Vaccination in Bombay 1902-1912 - 1902-1912
Year: 1902
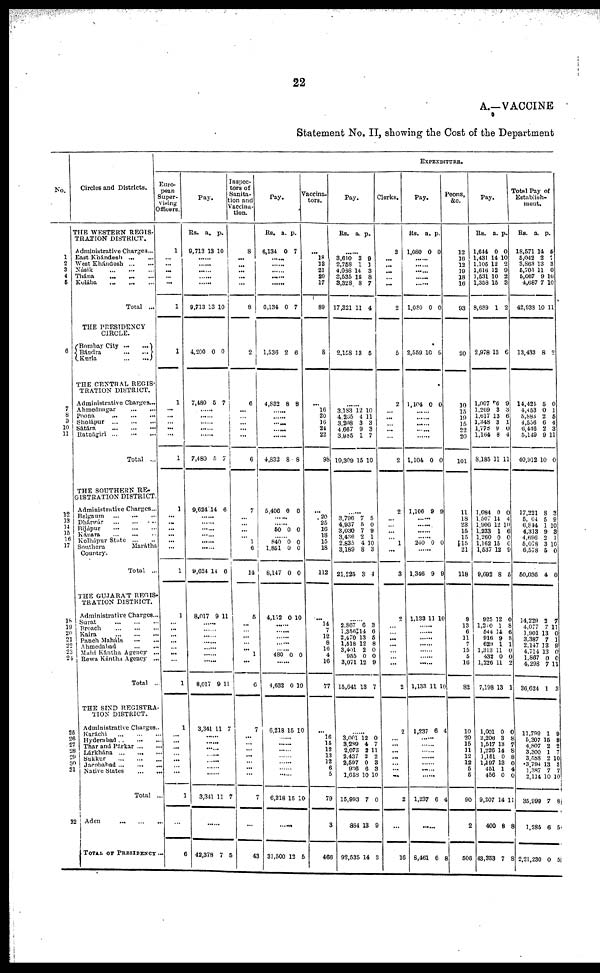
22
A.—VACCINE
Statement No. II, showing the Cost of the Department
No.
1
2 3
4
6
6
7
8
9
10
11
12
13
14
15
16
17
18
19
20
21
22 23
24
25
26
27
28 29
30
31
32
Circles and Districts.
THE WESTERN REGIS-
TRATION DISTRICT.
Administrative Charges ...
East Khándesh
...
...
West Khándesh
...
...
Násik
...
...
...
Thána
...
...
...
Kolába
...
...
...
Total ...
THE PRESIDENCY
CIRCLE.
Bombay City
...
...
Bándra
...
...
Kurla
...
...
THE CENTRAL REGIS-
TRATION DISTRICT.
Administrative Charges...
Ahmednagar
...
...
Poona
...
...
...
Sholápur ... ... ...
Sátára
...
...
...
Ratnágiri ... ... ...
Total ...
THE SOUTHERN RE¬
GISTRATION DISTRICT.
Administrative Charges...
Belgaum ... ... ...
Dhárwár
...
...
...
Bíjápur
...
...
...
Kánara ... ... ...
Kolhápur State ... ...
Southern
Marátha
Country.
Total ...
THE GUJARAT REGIS-
TRATION DISTRICT.
Administrative Charges...
Surat ... ... ...
Broach ... ... ...
Kaira ... ... ...
Panch Maháls
...
...
Ahmedabad ... ...
Mahi Kántna Agency ...
Rewa Kántha Agency ...
Total ...
THE SIND REGISTRA¬
TION DISTRICT.
Administrative Charges...
Karáchi
...
...
...
Hyderabad
...
...
...
Thar and Párkar ... ...
Lárkhána
...
...
...
Sukkur ... ... ...
Jacobabad ... ... ...
Native States ... ...
Total ...
Aden
...
...
...
TOTAL OF PRESIDENCY ...
EXPENDITURE.
Euro-
pean
Super-
vising
Officers.
1
...
...
...
...
...
1
1
1
...
...
... ...
...
1
1
...
...
...
...
...
...
1
1
...
... ...
...
... ...
...
1
1
...
...
...
...
...
...
...
1
...
6
Pay.
Rs.
9,713
a.
13
p.
10
......
......
......
......
9,713 13 10
4,200 0 0
7,480 5 7
......
......
......
......
......
7,480 5 7
9,624 14 6
......
......
......
......
......
8,624 14 6
8,017 9 11
......
...... ......
......
......
......
8,017 9 11
3,341 11 7
......
...... ......
......
......
......
......
3,341 11
7
48,378 7 5
Inspec-
tors of
Sanita¬
tion and
Vaccina¬
tion.
8
...
...
...
...
...
8
2
6
...
...
... ...
...
6
7
...
...
...
... 1
6
14
5
...
... ...
...
... 1
...
6
7
...
...
...
...
...
...
...
7
...
43
Pay.
Rs.
6,134
a.
0
p.
7
......
......
......
......
6,134 0 7
1,536 2 6
4,832 8 8
......
......
......
......
4,832 8 8
5,406 0 0
......
50 0 0
......
840
1,851
8,147
0
0
0
0
0
0
4,152 0 10
......
......
......
......
480 0 0
......
4,632 0 10
6,218 16 10
......
......
......
......
......
......
......
6,218 15 10
......
31,500 12 6
Vaccina¬
tors.
...
18
18
21
20
17
89
8
...
10
20
16
24
22
98
...
20
25
16
...
15
18
112
...
14
7
12 8
16 4
16
77
...
16
15
12
13
12
6
5
79
3
466
Pay.
Rs. a. p.
......
3,610
2,758
4,088
3,535
3,328
17,321
3
1
14
15
8
11
9
1
3
8
7
4
2,158 13 5
......
3,183
4,265
3,208
4,667
3,985
19,309
12
4
3
9
1
15
10
11
3
3
7
10
......
3,796
4,937
3,030
3,436
2,835
3,189
21,225
7
5
7
2
4
8
3
5
0
9
1
10
3
4
......
2,867
1,356
2,470
1,518
3,401
955
3,071
15,641
6
14
13
12
2
0
12
13
3
6
5
8
0
0
9
7
......
3,001 3,289
2,073
2,437
2,597
636
1,658
15,993
884
92,535
12
4
2
2
0
6
10
7
13
14
0
7
11
2
3
3
10
0
9
3
Clerks.
2
...
...
...
...
...
2
5
2
...
...
... ...
...
2
2
...
...
...
...
1
...
3
2
...
... ...
...
... ...
...
2
2
...
...
...
...
...
...
...
2
...
16
Pay.
Rs.
1,080
a.
0
p.
0
......
......
......
......
......
1,080 0 0
2,559 10 9
1,104 0 0
......
......
......
......
......
1,104 0 0
1,106 9 9
......
......
......
......
240 0 0
......
1,346 9 9
1,133 11 10
......
......
......
...... ......
......
1,133 11 10
1,237 6 4
......
......
......
......
......
......
......
1,237 6 4
......
8,461 6 8
Peons,
&c.
12
16
12
19
18
16
93
20
10
15
19 15
22
20
101
11
18
23
15
15
15
21
118
9
13
6
11
7
15
5
16
82
10
20
15
11
12
12
5
5
90
2
506
Pay.
Rs.
1,644
1,431
1,105
1,616
1,531
1,358
8,689
a.
0
14
12
12
10
15
1
p.
0
10
2
9
2
3
2
2,978 13 6
1,007
1,269
1,617
1,348
1,778
1,164
8,185
6
3
13
3
9 8
11
9
3
6
1
0
4
11
1,084
1,507
1,906
1,233
1,260
1,162
1,537
9,692
0
14
12
1
0
15
12
8
0
4
10
6
0
0
9
5
925
1,210
544
916
629
1,313
432
1,226
7,198
12
1
14
9
1
11
0
11
13
0
8
6
8
1
0
0
2
1
1,001
2,206
1,515
1,226
1,151
1,197
451
456
9,207
400
43,353
0
3
13
14
0
13
1
0
14
8
7
0
8
7
8
8
0
4
0
11
8
8
Total Pay of
Establish-
ment.
Rs.
18,571
5,042
3,863
5,705
5,067
4,687
42,938
a.
14
2
13
11
9
7
10
p.
5
7 3
0
10
10
11
13,433 8 2
14,424
4,453
5,883
4,556
6,446
5,149
40,912
5
0
2
6
2
9
10
0
1
5
4
3
11
0
17,221
5,004
6,844
4,313
4,696
5,078
6,578
50,036
8
5
1
9
2
3
5
4
3
9
10
3
1
10
0
0
14,229
4,077
1,901
3,387
2,147
4,714
1,867
4,298
36,624
2
7
13
7
13
13 0
7
1
7
11
0
1 9
0 0
11
3
11,799
5,207
4 807
3,300
3,588 3,794
1,387 2,114
35,999
1,285
2,21,230
1
15
2 1
2
13
7 10
7
6
0
9
8
2
7
10
3
7 10
8
5
5